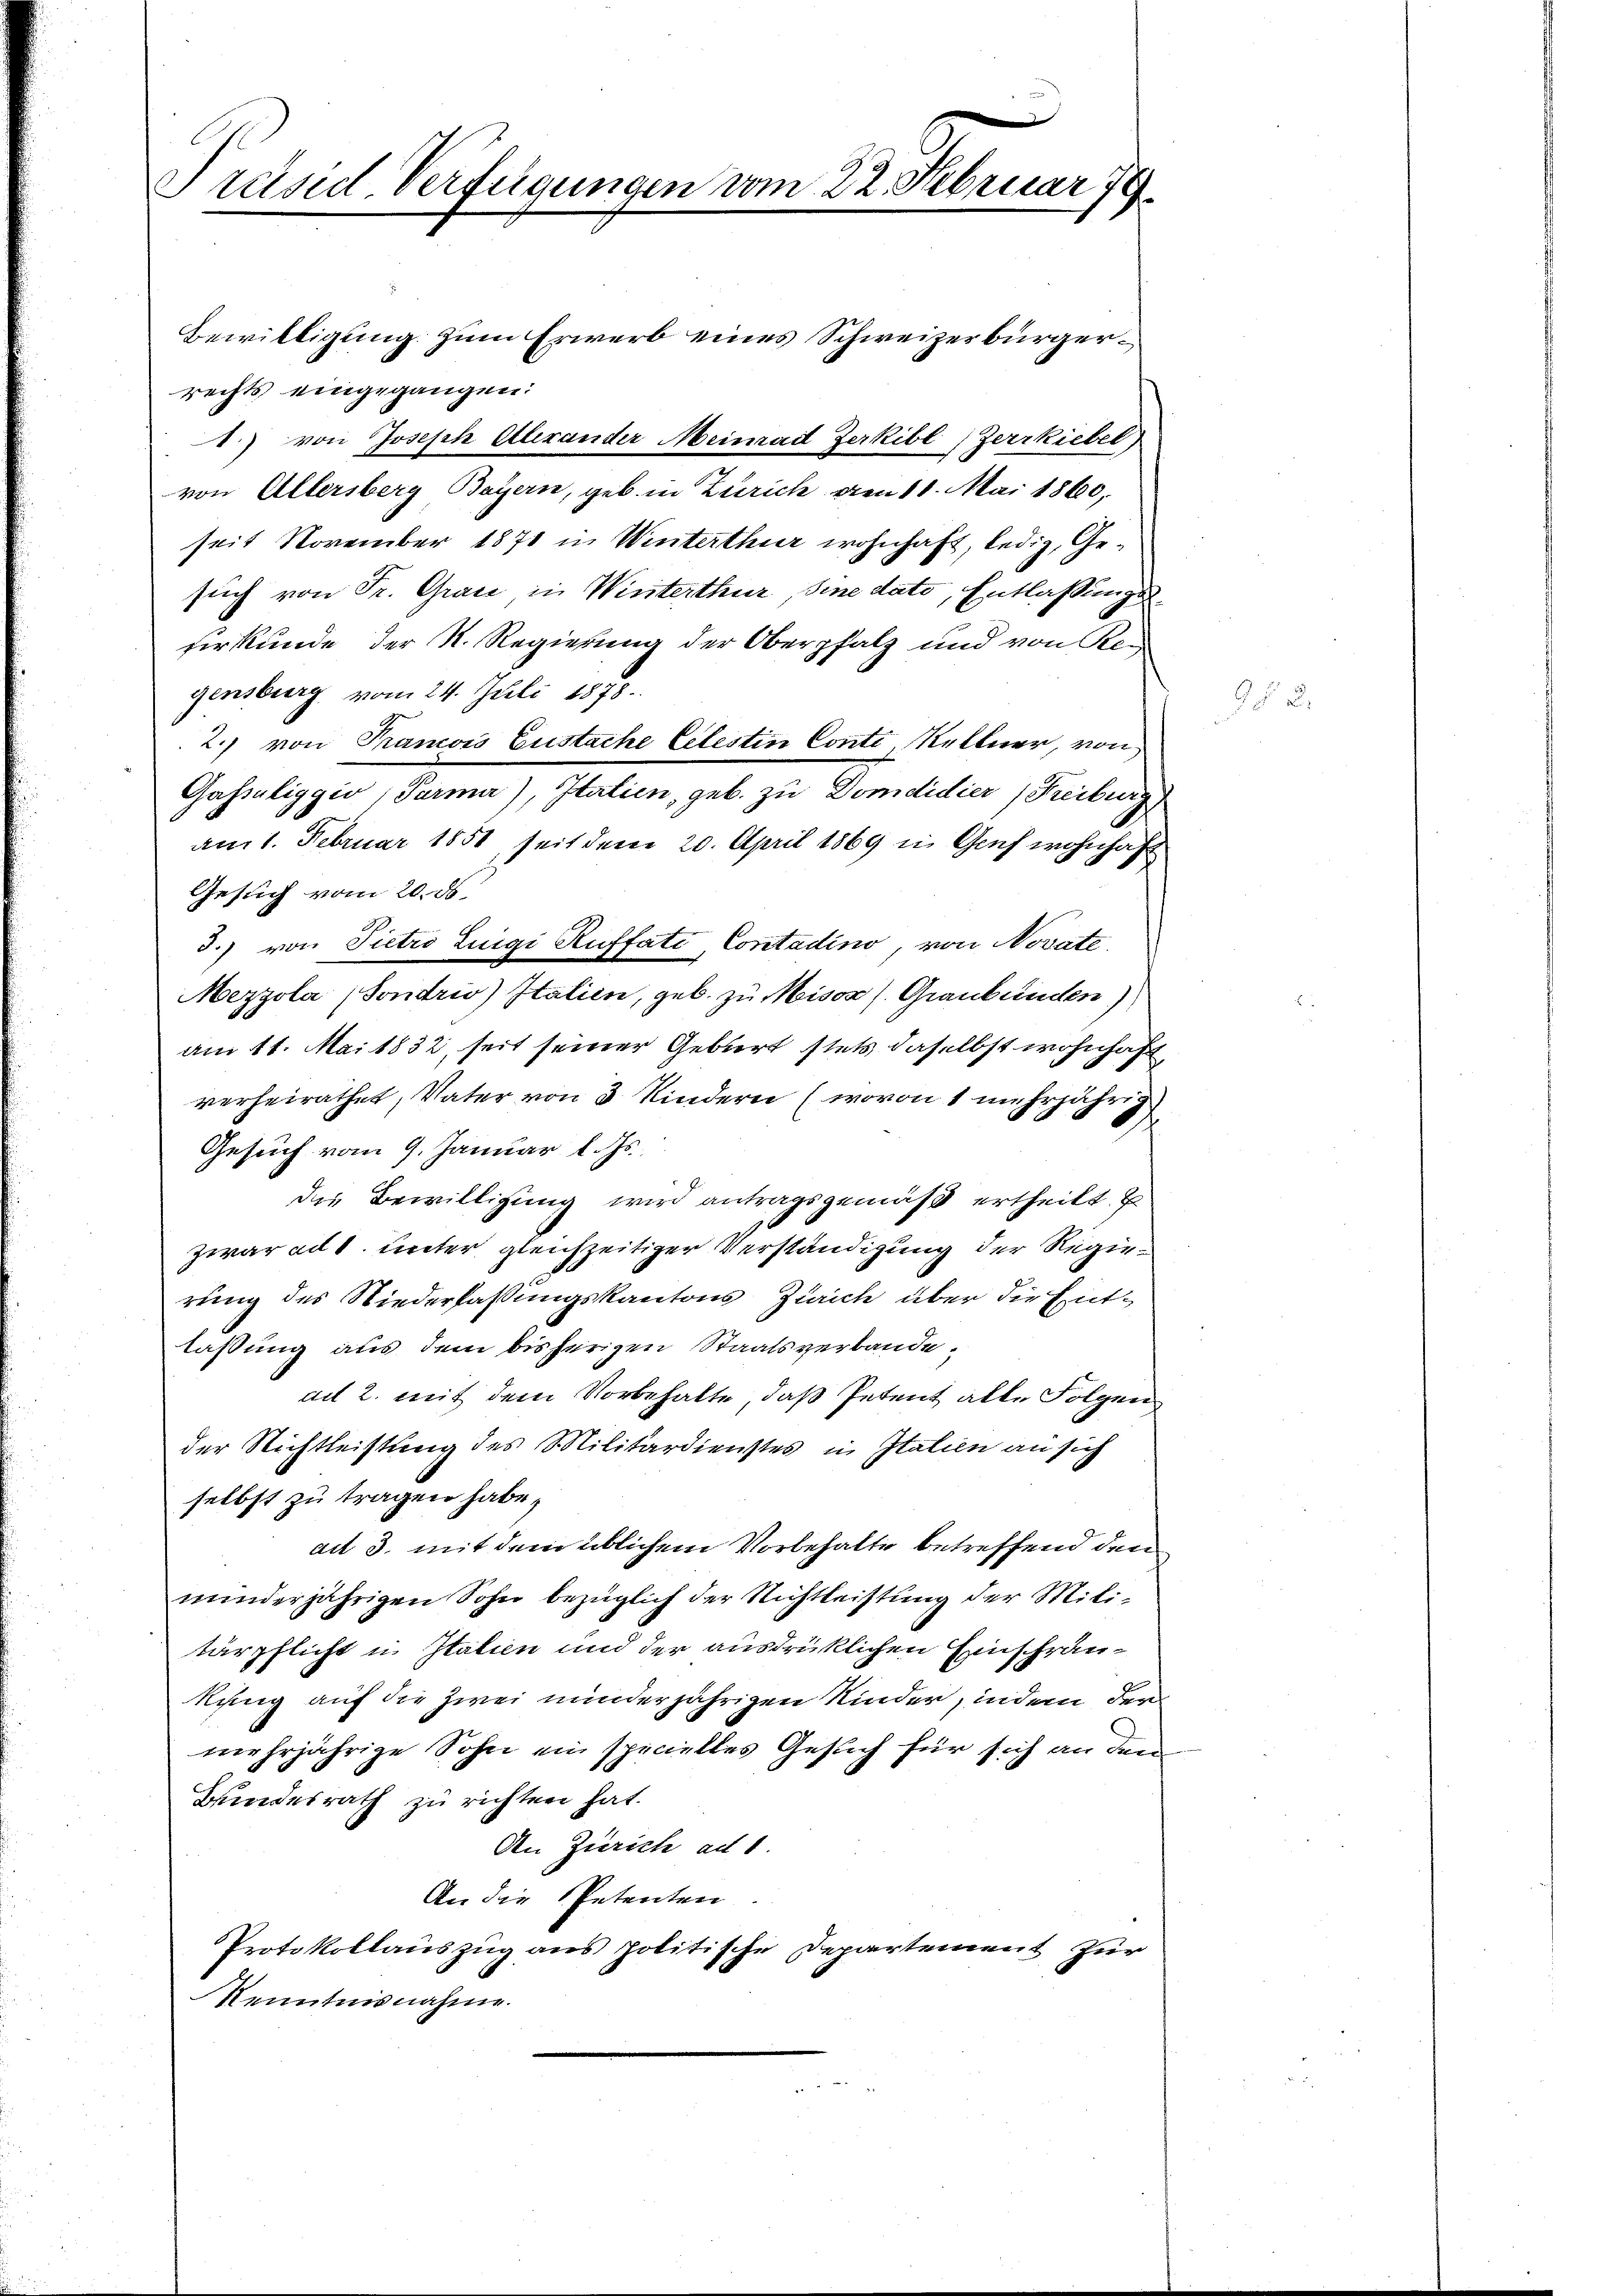
Präsid Verfügungen vom 22. Februar 179.

Bewilligung zum Erwerb eines Schweizerbürgerrechts eingegangen:
.) von Joseph Alexander Meinadt Zerkibl) Zerrkiebel
von Allersberg Bayern, geb. in Zürich von 18. Mai 1860,
seit November 1871 in Winterthur wohnhaft, ledig, Gesuch von Fr. Grau in Winterthur, Sine dato, Entlaßungsfirkunde, der N. Regierung der Oberpfalz und von Kle
gensburg vom 24. Juli 1878.
2.) von Pranois Gustache Celestin Conti Kellner, von
Gasseliggio Parma), Italien, geb. zu Domdidier (Freiburg
am 1. Februar 1851, seit dem 20. April 1869 in Graf wohnhaft
Gesuch vom 20. ds.
3.) von Pietro Luigi Ruffati, Contadino, von Novate
Mezzola (Sondrio) Italien, geb. zu Misox (Graubünden)
am 11. Mai 1832, seit seiner Geburt stets daselbst wohnhaft
verheirathet, Vater von 3 Kindern (wovon 1 mehrjährig
Gesuch vom 9. Januar l. Js.
das Bewilligung wird antragsgemäß ertheilt. E
zwar ad 1. unter gleichzeitiger Verständigung der Regierung des Niederfassungskantons Zürich über die Entlaßung aus dem bisherigen Staatsverbandead 2. mit dem Vorbehalte, daß Petent alle Folgen
der Richtleistung des Militärdienstes in Italien an sich
selbst zu tragen habe,
ad 3. mit dem üblichem Vorbehalte betreffend den
minderjährigen Sohn bezüglich der Nichtleistung der Militärpflicht in Italien und der ausdrücklichen Einschränkung auf die zwei minderjährigen Kinder, indem der
mehrjährige Sohn ein spicielles Gesuch für sich an den
Bundesrath zu richten hat.
An Zürich ad 1.
An die Petenten
Protokollauszug aus politische Departement zur
Kenntnisnahme.